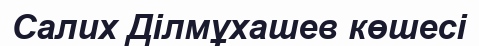
Салих Ділмұхашев көшесі